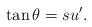
LaTeX: \begin{align*} \tan \theta=s u^{\prime }.\end{align*}